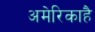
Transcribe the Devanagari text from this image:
अमेरिकाहै